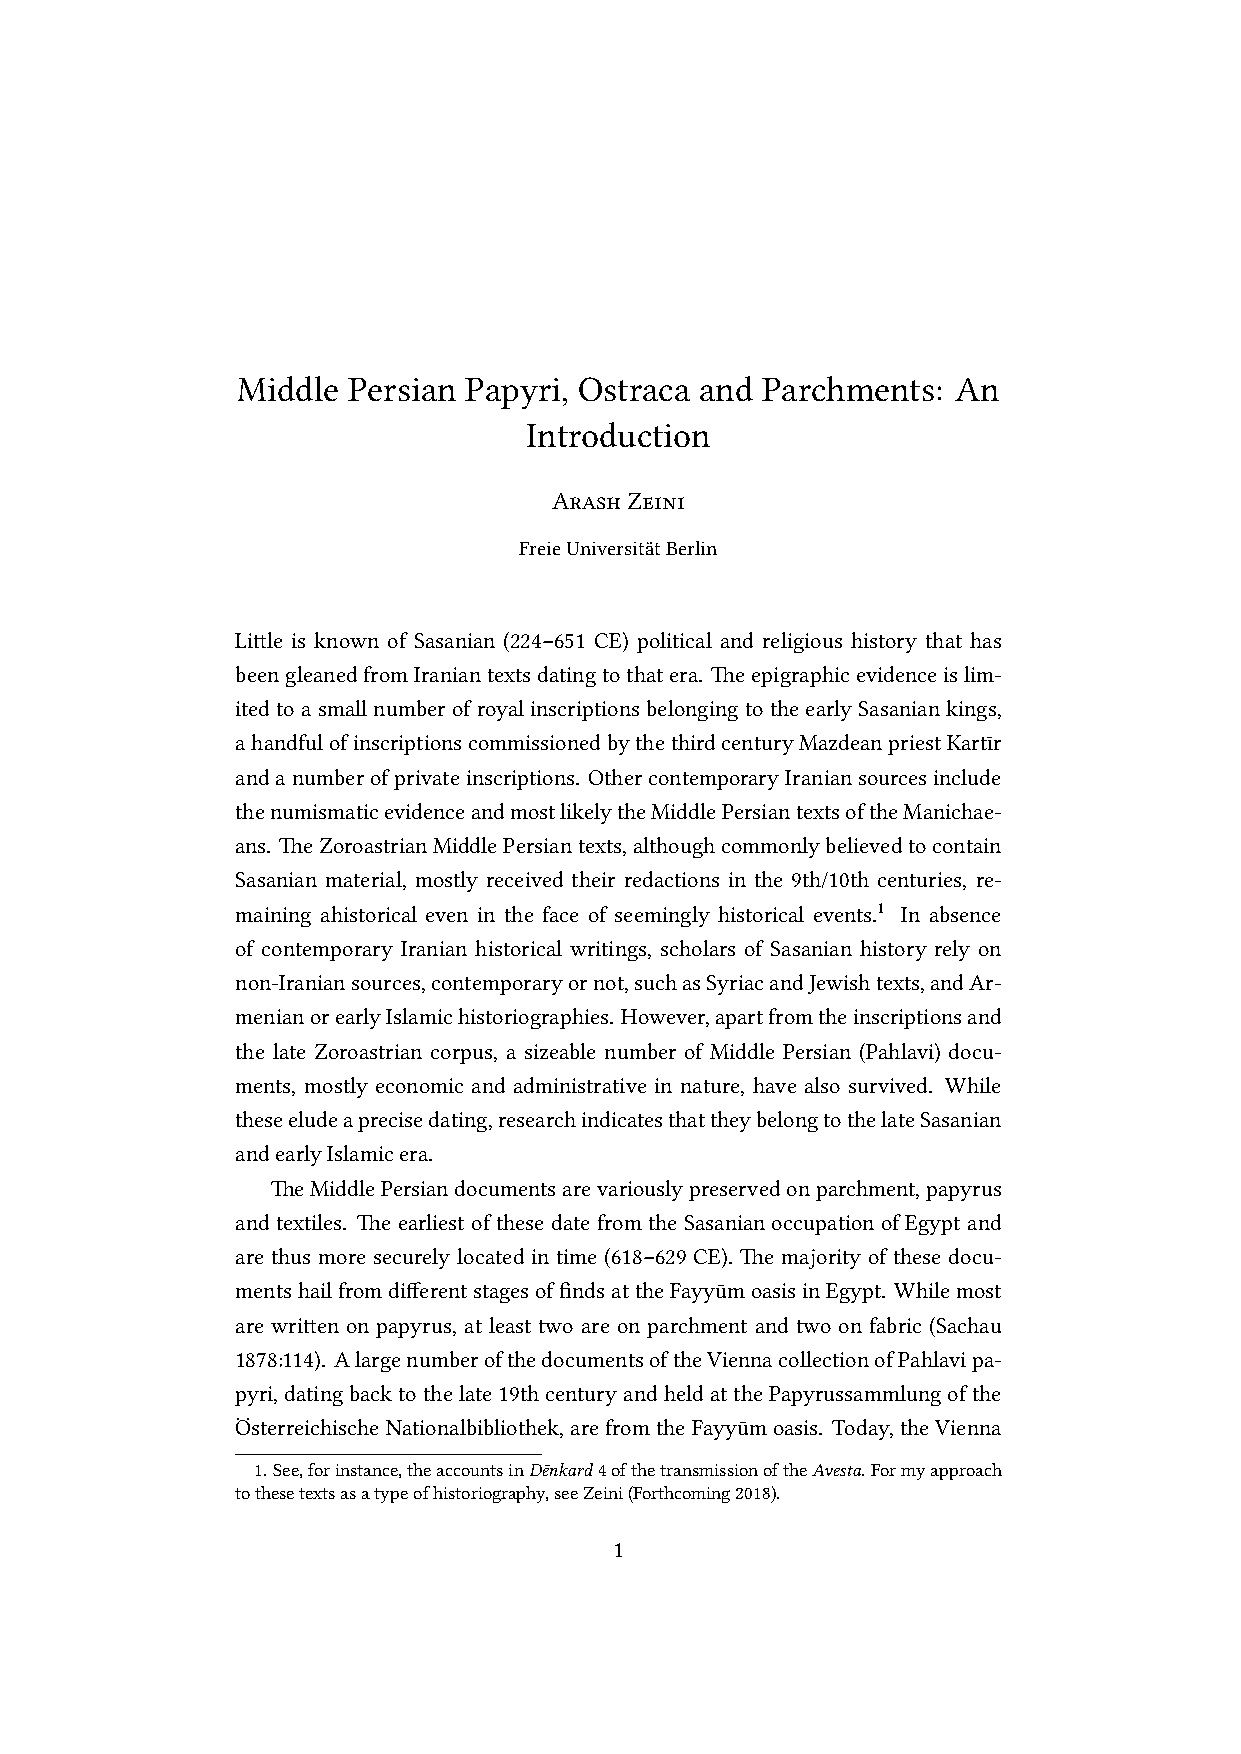
Middle Persian Papyri, Ostraca and Parchments: An
 Introduction
 ArashZeini
 FreieUniversitätBerlin
 Little is known of Sasanian (224–651 CE) political and religious history that has
 beengleanedfromIraniantextsdatingtothatera. Theepigraphicevidenceislim-
 itedtoasmallnumberofroyalinscriptionsbelongingtotheearlySasaniankings,
 ahandfulofinscriptionscommissionedbythethirdcenturyMazdeanpriestKartīr
 andanumberofprivateinscriptions. OthercontemporaryIraniansourcesinclude
 thenumismaticevidenceandmostlikelytheMiddlePersiantextsoftheManichae-
 ans. TheZoroastrianMiddlePersiantexts,althoughcommonlybelievedtocontain
 Sasanian material, mostly received their redactions in the 9th/10th centuries, re-
 maining ahistorical even in the face of seemingly historical events.1 In absence
 of contemporary Iranian historical writings, scholars of Sasanian history rely on
 non-Iraniansources,contemporaryornot,suchasSyriacandJewishtexts,andAr-
 menianorearlyIslamichistoriographies. However,apartfromtheinscriptionsand
 the late Zoroastrian corpus, a sizeable number of Middle Persian (Pahlavi) docu-
 ments, mostly economic and administrative in nature, have also survived. While
 theseeludeaprecisedating,researchindicatesthattheybelongtothelateSasanian
 andearlyIslamicera.
 TheMiddlePersiandocumentsarevariouslypreservedonparchment,papyrus
 and textiles. The earliest of these date from the Sasanian occupation of Egypt and
 are thus more securely located in time (618–629 CE). The majority of these docu-
 mentshailfromdifferentstagesoffindsattheFayyūmoasisinEgypt. Whilemost
 are written on papyrus, at least two are on parchment and two on fabric (Sachau
 1878:114). AlargenumberofthedocumentsoftheViennacollectionofPahlavipa-
 pyri,datingbacktothelate19thcenturyandheldatthePapyrussammlungofthe
 ÖsterreichischeNationalbibliothek,arefromtheFayyūmoasis. Today,theVienna
 1. See,forinstance,theaccountsinDēnkard4ofthetransmissionoftheAvesta. Formyapproach
 tothesetextsasatypeofhistoriography,seeZeini(Forthcoming2018).
 1